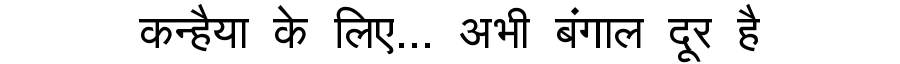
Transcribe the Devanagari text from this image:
कन्हैया के लिए... अभी बंगाल दूर है